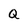
Character: Q